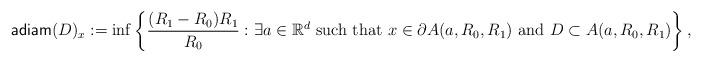
LaTeX: \begin{align*}{\sf adiam}(D)_x:=\inf\left\{\frac{(R_{1}-R_{0})R_{1}}{R_{0}}: \exists a\in \mathbb{R}^d \mbox{ such that } x\in\partial A(a,R_0,R_1) \mbox{ and } D\subset A(a,R_0,R_1) \right\},\end{align*}